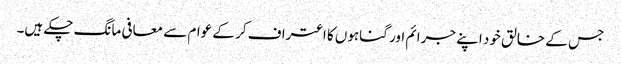
جس کے خالق خود اپنے جرائم اور گناہوں کا اعتراف کر کے عوام سے معافی مانگ چکے ہیں۔